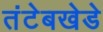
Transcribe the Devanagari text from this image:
तंटेबखेडे